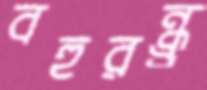
বহুরন্ধ্র্র